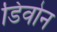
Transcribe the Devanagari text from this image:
डिवोन